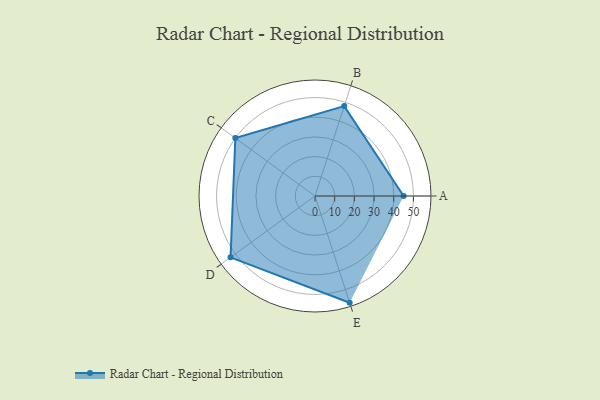
{"axis": {"x": "Skill", "y": "Score"}, "legend": ["Profile"], "data": [{"x": "A", "y": 45.0, "type": "Profile"}, {"x": "B", "y": 48.0, "type": "Profile"}, {"x": "C", "y": 50.0, "type": "Profile"}, {"x": "D", "y": 53.0, "type": "Profile"}, {"x": "E", "y": 57.0, "type": "Profile"}]}